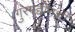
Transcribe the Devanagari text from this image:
गुरगद्दीनशीं